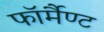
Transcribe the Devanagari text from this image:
फॉर्मैण्ट